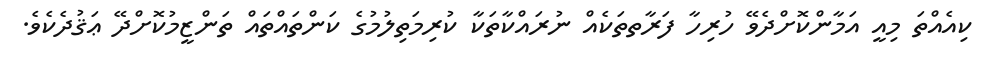
ކިއެއްތަ މިއީ އަމާންކޮށްދެވޭ ހުރިހާ ފަރާތތަކެއް ނުރައްކާތަކާ ކުރިމަތިލުމުގެ ކަންތައްތައް ތަންޒީމުކޮށްދޭ ޢަޤުދެކެވެ.